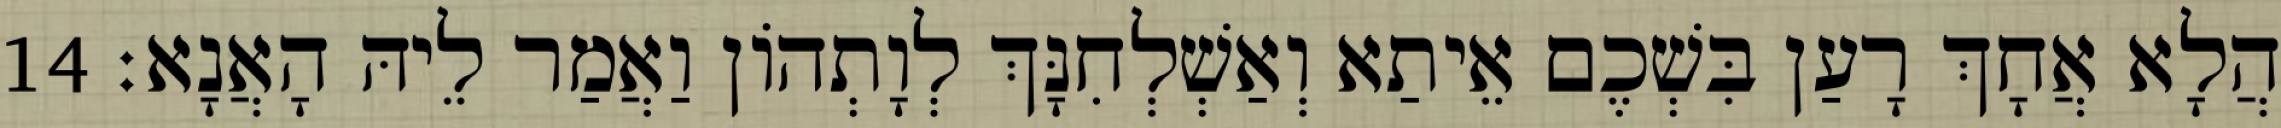
הֲלָא אֲחָךְ רָעַן בִּשְׁכֶם אֵיתַא וְאַשְׁלְחִנָּךְ לְוָתְהוֹן וַאֲמַר לֵיהּ הָאֲנָא׃ 14